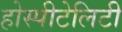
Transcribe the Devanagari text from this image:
होस्पीटेलिटी